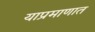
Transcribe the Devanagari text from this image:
याप्रमाणात